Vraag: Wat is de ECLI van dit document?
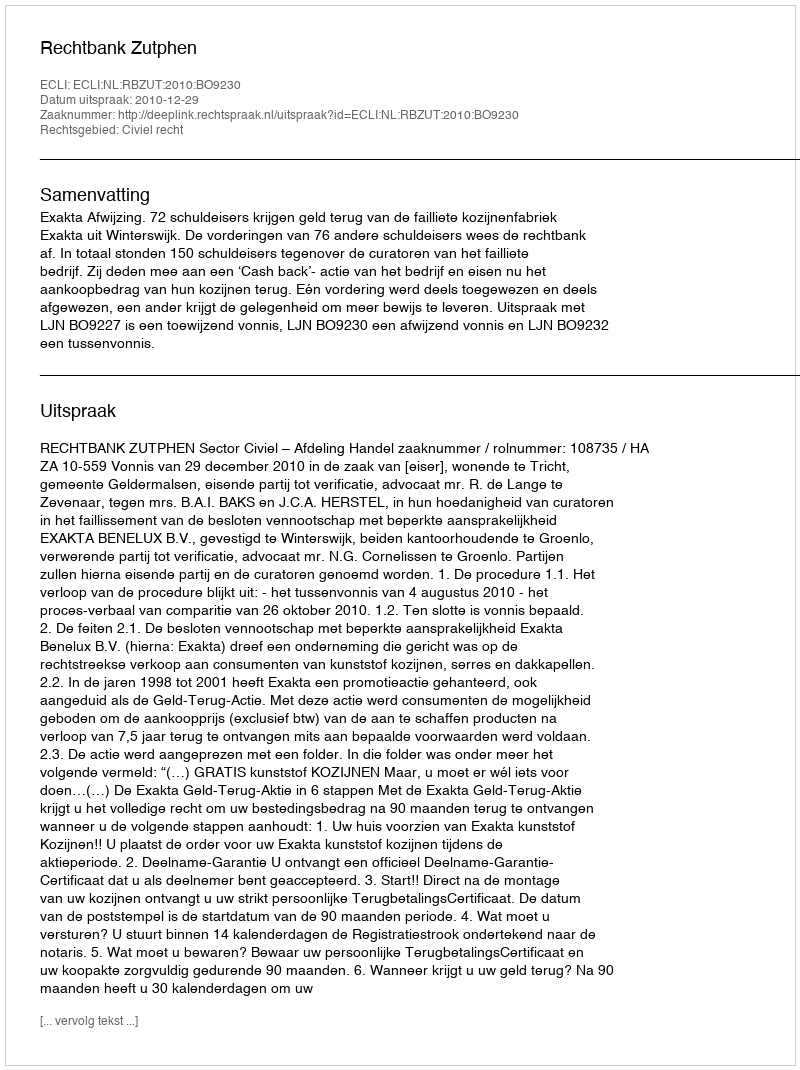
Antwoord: ECLI:NL:RBZUT:2010:BO9230